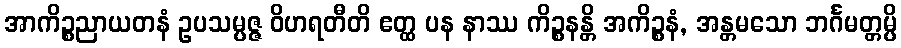
အာကိဉ္စညာယတနံ ဥပသမ္ပဇ္ဇ ဝိဟရတီတိ ဧတ္ထ ပန နာဿ ကိဉ္စနန္တိ အကိဉ္စနံ, အန္တမသော ဘင်္ဂမတ္တမ္ပိ